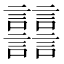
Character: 𧮦